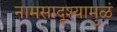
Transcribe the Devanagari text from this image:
नामसादृश्यामुळं